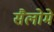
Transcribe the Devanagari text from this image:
सैलोमे